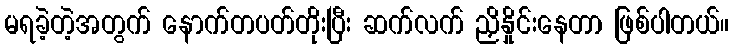
မရခဲ့တဲ့အတွက် နောက်တပတ်တိုးပြီး ဆက်လက် ညှိနှိုင်းနေတာ ဖြစ်ပါတယ်။